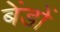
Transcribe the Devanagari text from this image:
बेंडों